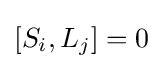
[S_{i},L_{j}]=0